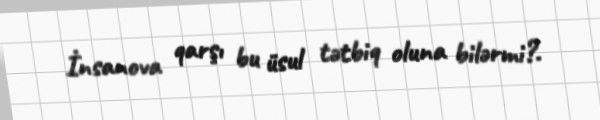
İnsanova qarşı bu üsul tətbiq oluna bilərmi?.